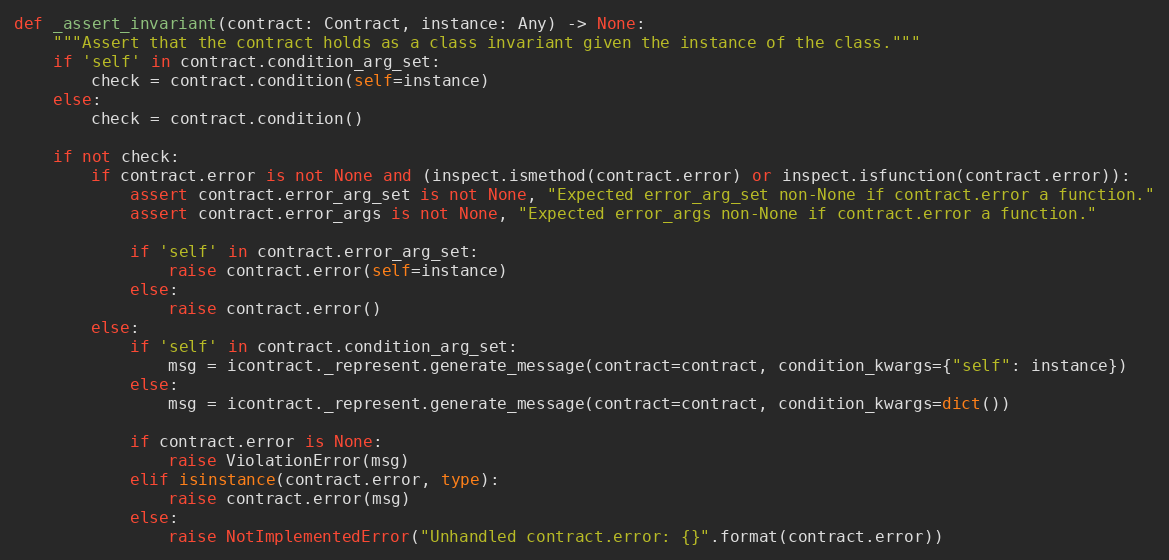
Language: Python
def _assert_invariant(contract: Contract, instance: Any) -> None:
    """Assert that the contract holds as a class invariant given the instance of the class."""
    if 'self' in contract.condition_arg_set:
        check = contract.condition(self=instance)
    else:
        check = contract.condition()

    if not check:
        if contract.error is not None and (inspect.ismethod(contract.error) or inspect.isfunction(contract.error)):
            assert contract.error_arg_set is not None, "Expected error_arg_set non-None if contract.error a function."
            assert contract.error_args is not None, "Expected error_args non-None if contract.error a function."

            if 'self' in contract.error_arg_set:
                raise contract.error(self=instance)
            else:
                raise contract.error()
        else:
            if 'self' in contract.condition_arg_set:
                msg = icontract._represent.generate_message(contract=contract, condition_kwargs={"self": instance})
            else:
                msg = icontract._represent.generate_message(contract=contract, condition_kwargs=dict())

            if contract.error is None:
                raise ViolationError(msg)
            elif isinstance(contract.error, type):
                raise contract.error(msg)
            else:
                raise NotImplementedError("Unhandled contract.error: {}".format(contract.error))